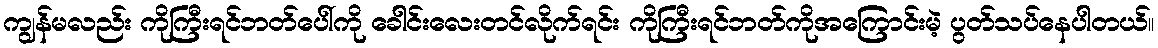
ကျွန်မလည်း ကိုကြီးရင်ဘတ်ပေါ်ကို ခေါင်းလေးတင်လိုက်ရင်း ကိုကြီးရင်ဘတ်ကိုအကြောင်းမဲ့ ပွတ်သပ်နေပါတယ်။